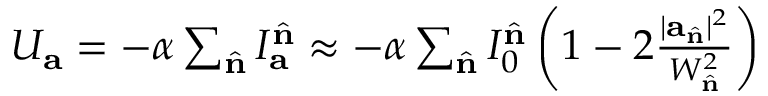
\begin{array} { r } { U _ { \mathbf { a } } = - \alpha \sum _ { \hat { \mathbf { n } } } I _ { \mathbf { a } } ^ { \hat { \mathbf { n } } } \approx - \alpha \sum _ { \hat { \mathbf { n } } } I _ { 0 } ^ { \hat { \mathbf { n } } } \left( 1 - 2 \frac { | \mathbf { a } _ { \hat { \mathbf { n } } } | ^ { 2 } } { W _ { \hat { \mathbf { n } } } ^ { 2 } } \right) } \end{array}